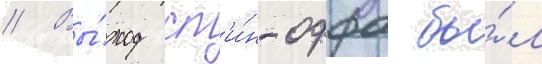
// Вы́ход сп'и́н-оффа бы́л